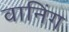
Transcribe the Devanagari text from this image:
वानिंग